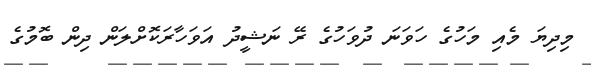
މިދިޔަ މެއި މަހުގެ ހަވަނަ ދުވަހުގެ ރޭ ނަޝީދު އަވަހާރަކޮށްލަން ދިން ބޮމުގެ